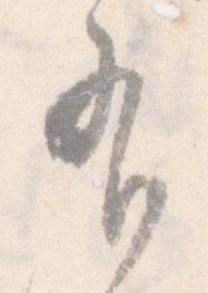
有